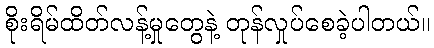
စိုးရိမ်ထိတ်လန့်မှုတွေနဲ့ တုန်လှုပ်စေခဲ့ပါတယ်။